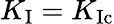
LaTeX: K_{\mathrm{I}}=K_{\mathrm{Ic}}